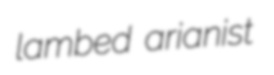
lambed arianist